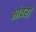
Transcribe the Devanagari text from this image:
भोवरी